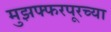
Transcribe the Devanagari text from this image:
मुझफ्फरपूरच्या